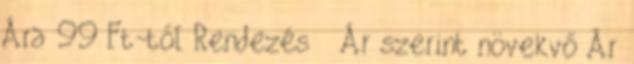
Ára 99 Ft-tól Rendezés Ár szerint növekvő Ár